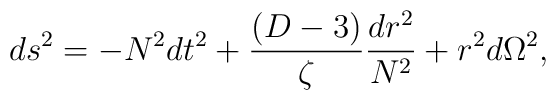
ds^2 = - N^2 dt^2  +\frac{(D-3) }{\zeta }\frac{dr^2}{N^2} +r^2 d\Omega^2,